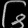
Digit: ၆